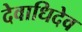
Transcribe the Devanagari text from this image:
देवाधिदेव